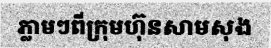
ភ្លាមៗពីក្រុមហ៊ុនសាមសុង